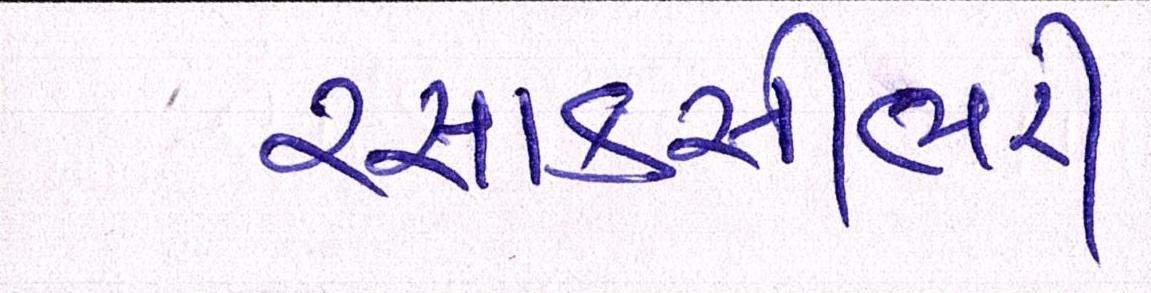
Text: રસાકસીભરી